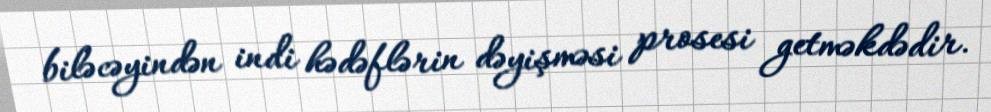
biləcəyindən indi hədəflərin dəyişməsi prosesi getməkdədir.